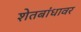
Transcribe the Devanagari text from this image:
शेतबांधावर